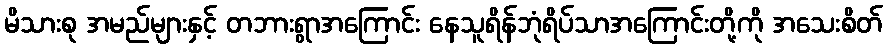
မိသားစု အမည်များနှင့် တဘားရွာအကြောင်း နေသူရိန်ဘုံရိပ်သာအကြောင်းတို့ကို အသေးစိတ်